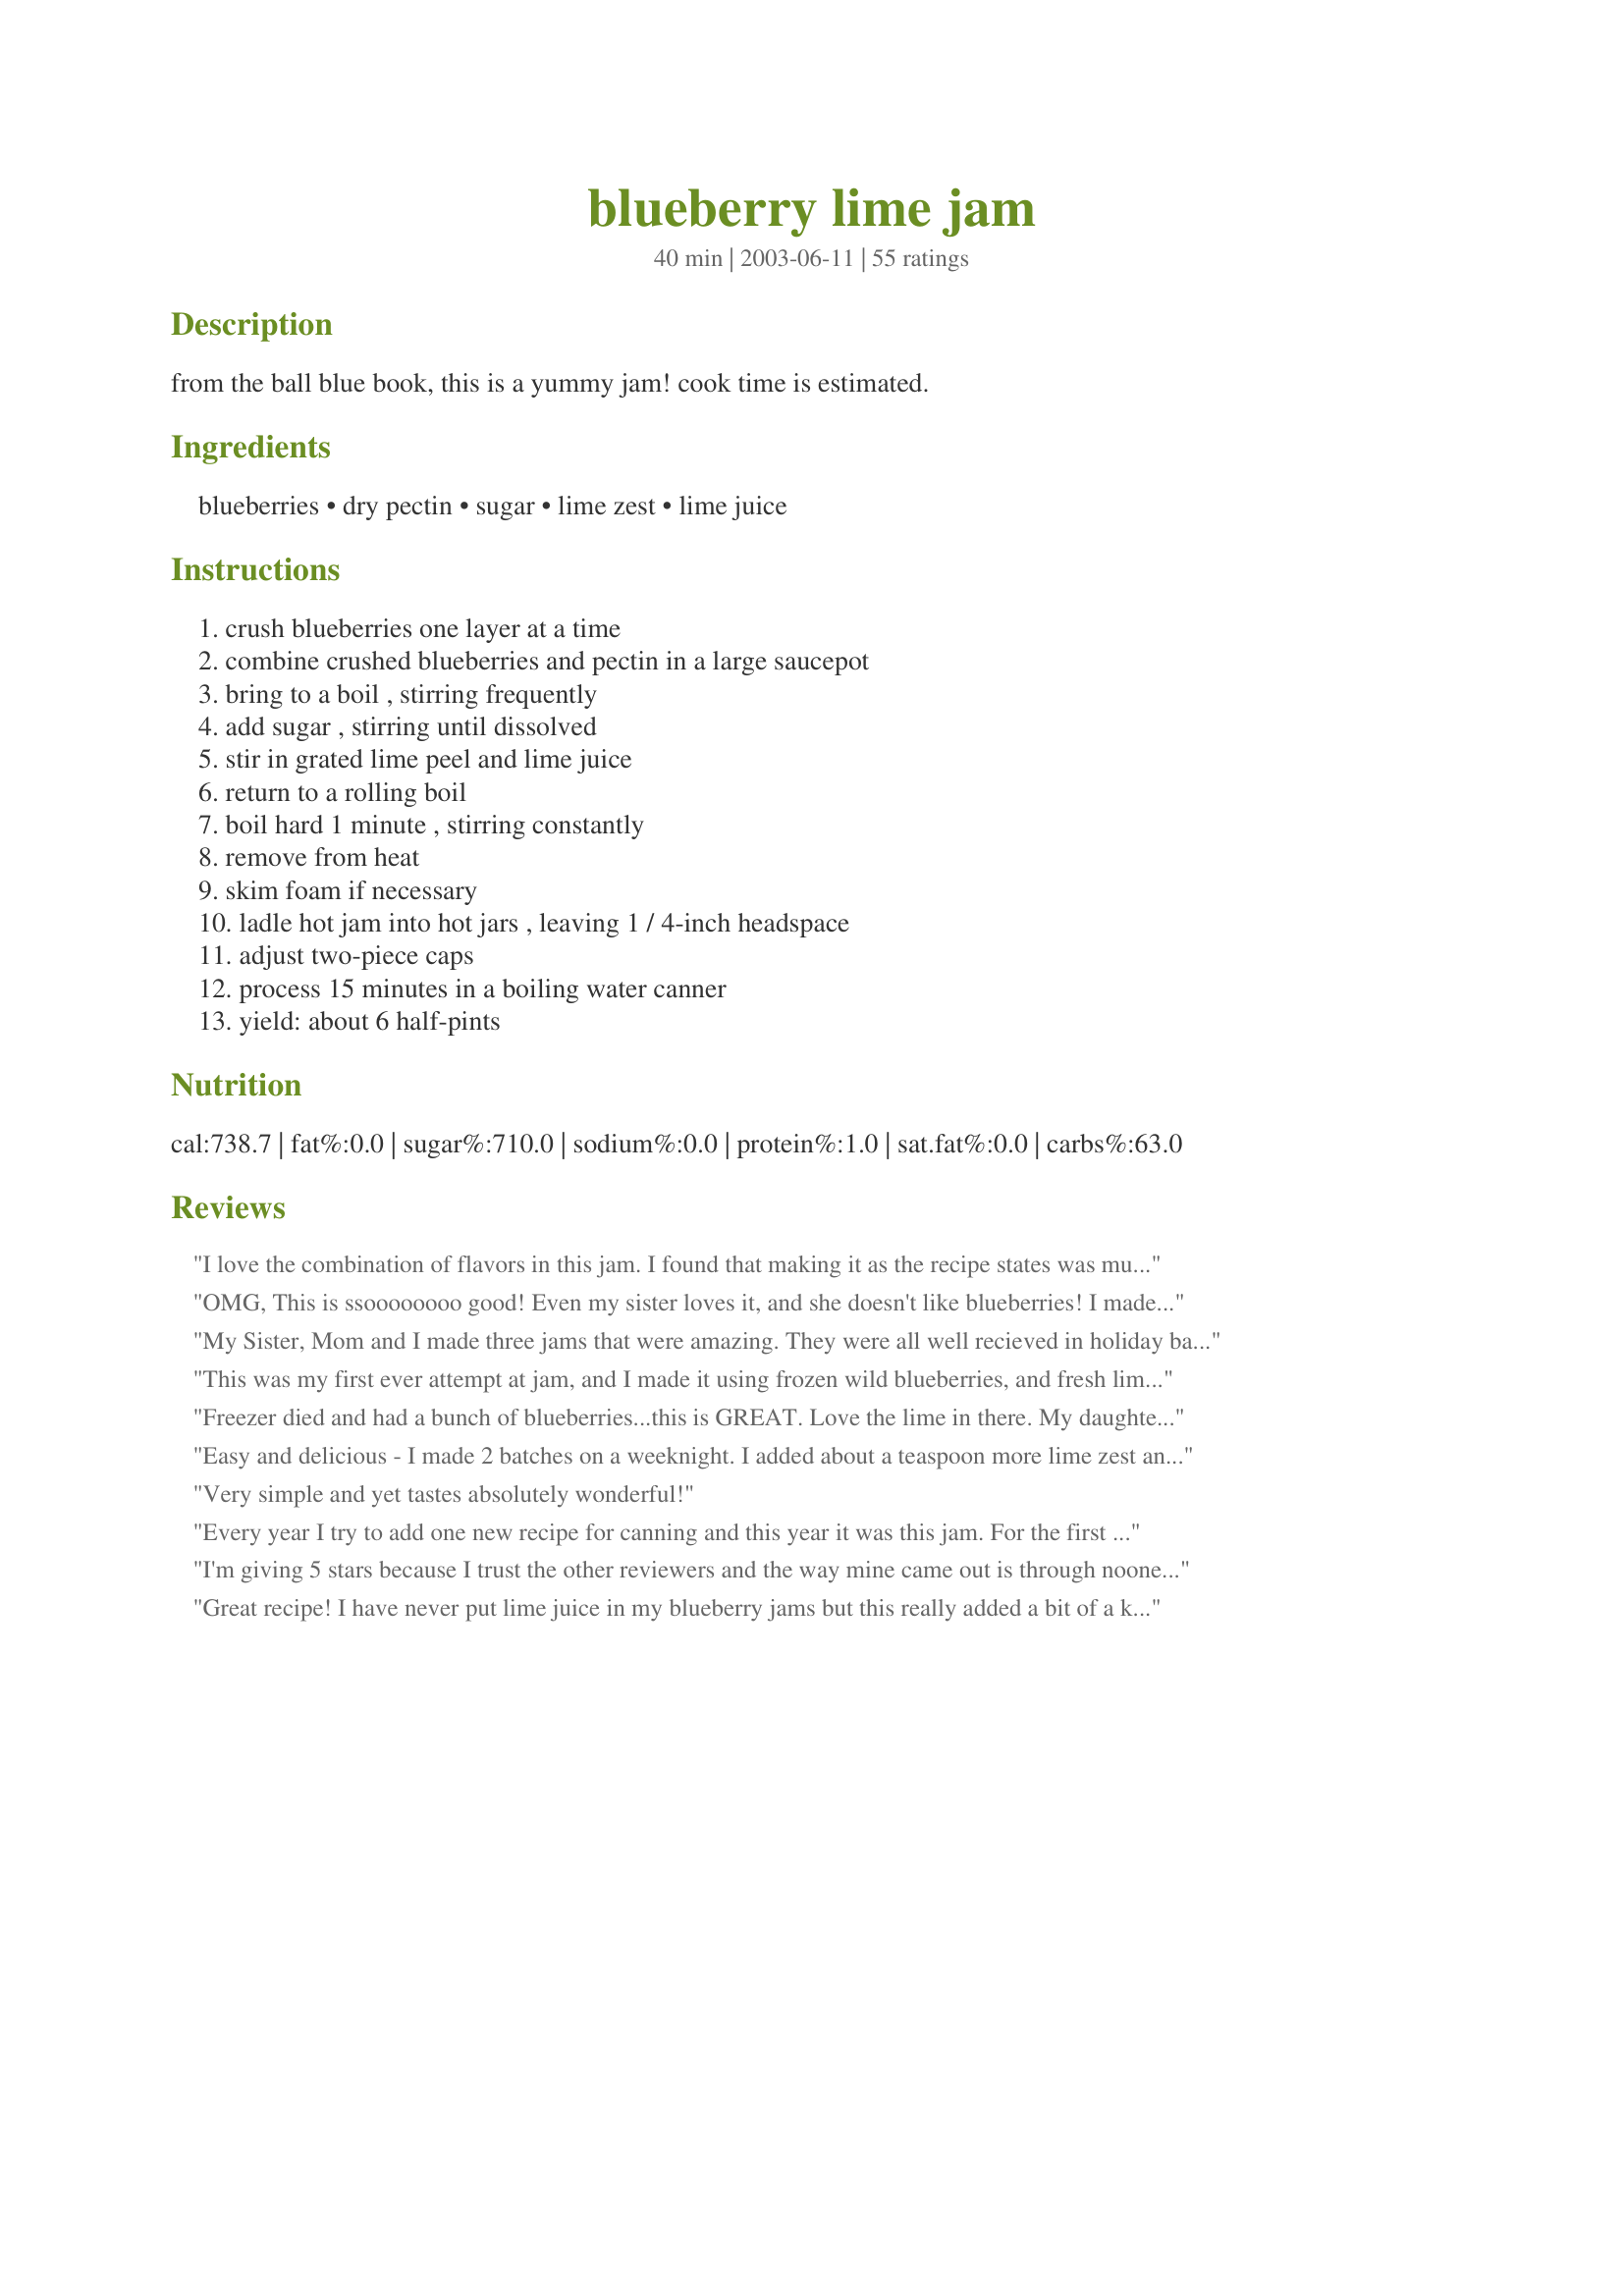
blueberry lime jam
Preparation time: 40 minutes

from the ball blue book, this is a yummy jam! cook time is estimated.

Ingredients:
blueberries, dry pectin, sugar, lime zest, lime juice

Steps:
crush blueberries one layer at a time, combine crushed blueberries and pectin in a large saucepot, bring to a boil , stirring frequently, add sugar , stirring until dissolved, stir in grated lime peel and lime juice, return to a rolling boil, boil hard 1 minute , stirring constantly, remove from heat, skim foam if necessary, ladle hot jam into hot jars , leaving 1 / 4-inch headspace, adjust two-piece caps, process 15 minutes in a boiling water canner, yield: about 6 half-pints

Reviews:
I love the combination of flavors in this jam. I found that making it as the recipe states was much too sweet. I added some key lime zest and more lime juice, though it was still a bit to sweet. Next time I will experiment with cutting back the sugar.
OMG, This is ssoooooooo good! Even my sister loves it, and she doesn't like blueberries! I made this last October using frozen blueberries, and it still turned out terrific. It sure beats those expensive store brands in flavor and cost! Plus, it's firmer and you can really taste the lime zest... I got around 8-9 jars (1/2-pints), and we just finished the last one this morning. I'll have to make more of this, my family demands it!
My Sister, Mom and I made three jams that were amazing. They were all well recieved in holiday baskets (with requests for more :)
Raspberry Jalapeno Jelly(#8542) Best Apple Pie Jam (#100315) and Blueberry Lime Jam! :) I loved the contrast in flavors of the blueberry and lime- what a great kick!! Jazzed up that peanut butter! :) Wonderful on scones as well :) The kids loved it on waffles with whip cream. :) Thank you for the recipe!
This was my first ever attempt at jam, and I made it using frozen wild blueberries, and fresh lime juice. All I can say is that I will never buy commercial jam again! I followed other people's advice to cut the sugar down to 4 cups instead of 5, and it's still plenty sweet.

It was messy, but I managed to accomplish the whole thing using only three pots/pans, and a handful of utensils and tools. I am glad I decided to buy a canning funnel!
Freezer died and had a bunch of blueberries...this is GREAT. Love the lime in there. My daughter (2 years licked off 4 spoonfuls and then I just gave her a small bowl to eat...she came back screaming for more, I had just filled the canner...she grabbed the towel I had spilled some on and licked it off...what more can I say an A+?
Easy and delicious - I made 2 batches on a weeknight. I added about a teaspoon more lime zest and probably a couple extra tablespoons of lime juice because I love the tartness!
Very simple and yet tastes absolutely wonderful!
Every year I try to add one new recipe for canning and this year it was this jam. For the first batch I followed some of the reviews and only added 4 cups of sugar. It was delicious but I felt it didn't set as well as I thought it should. I made a second batch using the full 5 cups of sugar and it was better. The lime gives it a clea/fresh taste that we all liked. Thanks for sharing your recipe!
I'm giving 5 stars because I trust the other reviewers and the way mine came out is through noone's fault but my own. Can someone help a sister out and tell me where I went wrong? I've only been canning for a year...<br/><br/>Ok so I wanted to make a larger batch that 6 half-pints. I had 4 pints of berries, which, once mashed, yielded about 2.5 cups of fruit. I followed the directions and added the package of pectin and combined, brought to a boil. <br/><br/>I then added sugar - 4 cups. Then once it was a rolling boil, I added the lime - juice form 5 small limes (about 1/3 cup juice). <br/><br/>Not sure how long I cooked it, but I kept checking it on a plate with the freezer. And I canned it as soon as it looked jelled. But then when I was cleaning everything up, all the extra residue on everything is VERY jelled. Is this normal? What if it comes out toooo jelled?<br/><br/>Also, when I tasted it out of the pot, before canning, it was DELICIOUS, but when I tasted some of the jelled residue on the plate, utensils, etc. It didn't have much of a flavor of anything, aside from sugar. Please please tell me what I did wrong?? Did it likey effect anything that I used an immersion blender briefly after mashing to break up more of the skin?<br/><br/>Thank you!
Great recipe! I have never put lime juice in my blueberry jams but this really added a bit of a kick! Thanks for sharing! It will be the one I use from now on!
Awesome jam!!!! I was a bit skeptical, but I have made two batches, and made the kids a peanut butter and jelly with it, they inhaled the whole thing!!!! Thanks so much for posting this!!
SOOOO good! I love this jam, thank you very much for posting Sharon, the lime juice and sugar is the perfect amount, blueberry jam is one of my family's favorites!...Kitten:)
Great Recipe! Love the lime. I added a cup less sugar per batch and it set just fine. Easy and yummy.
I only do 4 stars because my husband and son thought there was a little too much lime flavor. Personally, I think the tartness of the lime is a perfect balance to the sweet--an excellent jam.
I stumbled across Key Lime juice at the store and decided to give it a try in this recipe. Boy was it a hit.
This is the third year I have made this jam. All my friends and family members can't wait till I have my jars made for the season. It is the best. Love it!
Excellent, bright flavour. I used Bernardin No Sugar Needed pectin, and sweetened my jam with honey (1 cup) instead of sugar. Very happy with the results.
I didn't have a lime so I used orange zest.....mmmm! Just a hint of flavor in the jam and it made it taste so good. Great recipe, thanks!!
This is the very first recipe that I have ever canned. I am so pleased- it turned out great! The lime added just the right touch of tartness. This is a very tasty jam.
I have tried lots of Blueberry jam recipes, This is so far my favorite.<br/>The lime cuts the sweetness from the sugar. <br/>The end result is really refreshing and it jelled perfectly.
This really is the best jam ever! I don't normally like all the skin of the blueberries in blueberry jam so I put my blueberries through my juicer. This produced a nice thick meaty juice (as opposed to a watery juice), but without all the chunky skin. I added a total of 1 1/2 packages dry pectin and the rest of the ingredients as requested. Like I said.... This is the best jam ever!
I really like the little bite that the lime adds to the blueberries. Not all of my family loves it as much as I do, but that just means there is more for me!
Love this! This is our new favorite jam recipe. Definitely a keeper!
Fantastic jam!!! Very easy to make. The lime was an unexpected twist and although you cannot actually taste the lime, I feel that the citrus really pumps up the blueberry flavor. Saving this recipe to my favorites menu for future use!
I wish I could give this more than 5 stars. This jam is amazing!!! Try it over cream cheese with crakers for a tasty appetizer. I wish I had made more. The lime gives the jam so much life and a bit of zippiness.
This is a wonderful, easy, fresh tasting jam. The lime zest/juice really perkes up the flavor.
This is an easy and tasty blueberry jam. The lime works really well with this. Thanks!
Made this and I landed up giving them as part of gift baskets. I never got to really taste it but I got comments on how much they enjoyed it. I will make double the amount next year Thanks Sharon
Yum, yum, YUM! This is such a wonderful tasting jam! I made exactly as stated except that I doubled the recipe. ;) Made 7 1/2 pints. Thanks Sharon! I'll be making this jam again.
Thank you, Sharon, for posting this keeper. I have made this several times before, and my whole family loves it.
This was excellent!

I made this recipe using wild blueberries we picked one afternoon. This was my first attempt at making jam, and I hit a few obstacles along the way (canning rack broke, ran out to buy a new one and then it didn't fit. Bought the wrong type of pectin, had to go to the store again! etc) but the end result was worth the running around! I loved the subtle lime taste you get from the lime zest. I added a little more blueberries to use up some of what I had and added a small amount more sugar just to balance. Everyone who has tried it has loved it!
This is a wonderful jam! The lime took away from the sweetness of the blueberries. It's a nice balance. Easy to make, and it set great!
A client of mine gifted me with a huge bag of blueberries from his farm. I returned the favor by making them into this wonderful jam and giving him a jar. When he returned to my office he said, "I have 2 words for you: county fair - you've got to enter it in the county fair!!" Thank you Sharon123 for an awesome jam! We love it!
This is a very tasty jam -- intense blueberry flavor but the lime insures that it isn't too sweet. Several friends have tried it and agree -- this one's a keeper.
Blueberries and lime... who would have thought? But it is an absolutely excellent combination. This is some really good jam.
This is a delicious recipe! It did not sound appetizing at all when I read the name (not a huge fan of blueberries or limes). The flavors play off each other beautifully though. I have made 3 batches in 3 days. Thank you again and again for this recipe.
This recipe was my first attempt at making jam and I love it! I'm not even a blueberry fan but I think the lime juice cuts the sweetness of the berries and just adds a great contrast to the taste. This was so easy that I've moved on to Apple Butter and Salsa. Looking for a peach jam recipe right now as the peaches are just coming into the produce stands here!
This was incredibly easy to make! I even winged it on the canning part by making my own canning system lol (Stock pot and steamer basket!) I haven't really tried it on bread yet or anything but I did lick my spoon to see how it tasted...and mmmmmm! It was great! Thanks for a super easy and tasty recipe!!
Delish!!
this was sooooo good. I made 8 oz. jars and I am looking forward to enjoying this jam all winter. great recipe.
The lime makes this blueberry sing! Try it with goat cheese
Soooo good! I used frozen blueberries and made it exactly as the recipe calls. It came out perfect. The lime adds such a great flavor to this jam. It tastes gourmet! I will be making this again and again. Thanks!
This created a fairly "loose" jam for me- which I wasn't too happy about (maybe it was my pectin?), but the addition of lime was brilliant. Will try again next year.
I love this recipe, but I did change it up a bit to use less sugar. I basically merged the recipe with the recipe in the "Ball Fruit Jell No Sugar Needed Pectin" box. I used 5 cups of mushed blueberries, 1 TBS lime zest, 2 TBS lime juice, 3 TBS more lime juice plus enough apple juice concentrate (the frozen kind, thawed) to make 1 cup liquid, 1 package of No Sugar Needed Pectin, 1/3 cup maple syrup, 1/3 cup white sugar. I cooked the jam and processed it according to the directions in the pectin box. I haven't opened a jar so I can't vouch for the texture yet, but I licked the spoon after I had my jars filled and the mixture is delicious!
Great recipe--we loved the subtle the lime flavor. I used bottled lime juice, compensating for the lack of zest by adding a little more juice. We have had it on croissants, heated with pancakes, on toast, and mixed with vanilla yogurt on waffles. Our kids LOVE it. I would probably use only 4 cups of sugar next time, but that's a personal preference. Thanks, Sharon!
I made this jam last summer and can't believe I forgot to do a review. I just opened my last jar of this wonderful jam. The lime juice gives it a wonderful flavor. It is good on pancakes, waffles or on toast. A must try recipe. I made one recipe using frozen berries and one with fresh. Both were great.
This is a fabulous jam! It was one of the first things I ever canned and it turned out so very good. A great first start for me in canning and an inspiration to keep me going.
I have made this jam for years. It is a family favorite. My niece asked me to teach her to can just so she could make this! If you don't have fresh lime, use bottled and don't worry about the zest. It's a never-fail recipe. Have fun!
This is my go-to recipe for blueberry jam - I won't make it any other way. Everyone always comments on the flavor (the lime isn't too strong, but it REALLY adds a lot to it). I crush my blueberries in a food processor rather than doing it by hand; the results are a little smoother.
If I could, I'd give this 10 stars. Easy to make and a nice lime tang combined with the sweetness of the blueberries. I doubled the recipe so I can give as gifts to friends. They will love it. Thanks for sharing.
This one is delicious! I used two pouches of pectin since the basic blueberry jam recipe in the pectin box instructions called for it. It turned out fine. This one's a keeper! Thanks for sharing!
I just finished making this, so my review is based upon what i could scrape out of the bottom of the pot. All I have to say is -WOW!! After reading all the reviews, I made 2 changes based on personal preference...I used my emersion blender while it was cooking because I don't like big chunks in my blueberries and I used 1 cup less sugar. I find most blueberry jam too sweet. After careful consideration, I loved it. It seems to have jelled perfectly and the taste is heavenly. Thank you for posting Sharon123, I might not have tried this, otherwise...
Way, way too much lime. I can barely taste the blueberries in the jam. I used fresh limes, not bottled, maybe that made a difference. I would definitely cut the lime in half if I ever made it again.
I enjoy canning and I frequently make raspberry jam. When I was on Block Island RI this summer, a friend told me about a delicious blueberry jam with lime. I found this recipe and would love to try it; however, the blueberry season is over for us. Has anyone used frozen blueberries? If yes, are there any special considerations which should be given to accommodate the frozen blueberries. I appreciate your help! I look forward to making this jam. The flavor combinations sound wonderful.
Great recipe. I added a bit more lime juice for more zing. Great with pancakes, waffles, bagels, toast, turkey and roast beast. Made for great gifts for the holiday as well.
